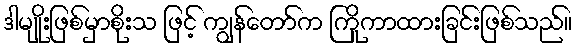
ဒါမျိုးဖြစ်မှာစိုးသ ဖြင့် ကျွန်တော်က ကြိုကာထားခြင်းဖြစ်သည်။